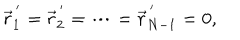
LaTeX: \vec { r } _ { 1 } ^ { \, ^ { \prime } } = \vec { r } _ { 2 } ^ { \, ^ { \prime } } = \cdots = \vec { r } _ { N - 1 } ^ { \, ^ { \prime } } = 0 ,